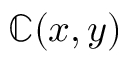
\mathbb { C } ( x , y )